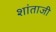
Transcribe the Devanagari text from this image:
शांताजी